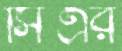
সিএর